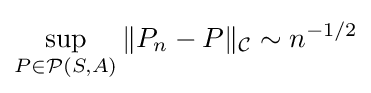
\sup _{P\in {\mathcal {P}}(S,A)}\|P_{n}-P\|_{\mathcal {C}}\sim n^{-1/2}